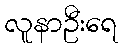
လူနာဦးရေ